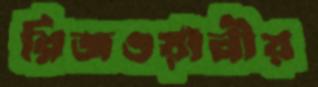
রিজওয়ানীয়